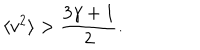
\langle v ^ { 2 } \rangle > \frac { 3 \gamma + 1 } { 2 } .